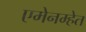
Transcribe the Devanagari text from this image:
एमेनम्हेत